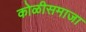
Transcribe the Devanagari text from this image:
कोळीसमाजा